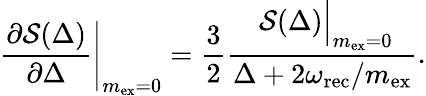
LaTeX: \frac{\partial\mathcal{S}(\Delta)}{\partial\Delta}\Bigg|_{m_{\mathrm{ex}}=0}=\frac{3}{2}\frac{\ \mathcal{S}(\Delta)\Big|_{m_{\mathrm{ex}}=0}}{\Delta+2\omega_{\mathrm{rec}}/m_{\mathrm{ex}}}.